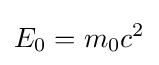
E_{0}=m_{0}c^{2}